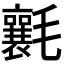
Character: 𣰶